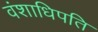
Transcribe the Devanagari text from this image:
वंशाधिपति